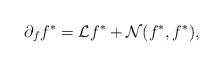
LaTeX: \begin{align*}\partial_ff^*=\mathcal{L}f^*+\mathcal{N}(f^*,f^*),\end{align*}